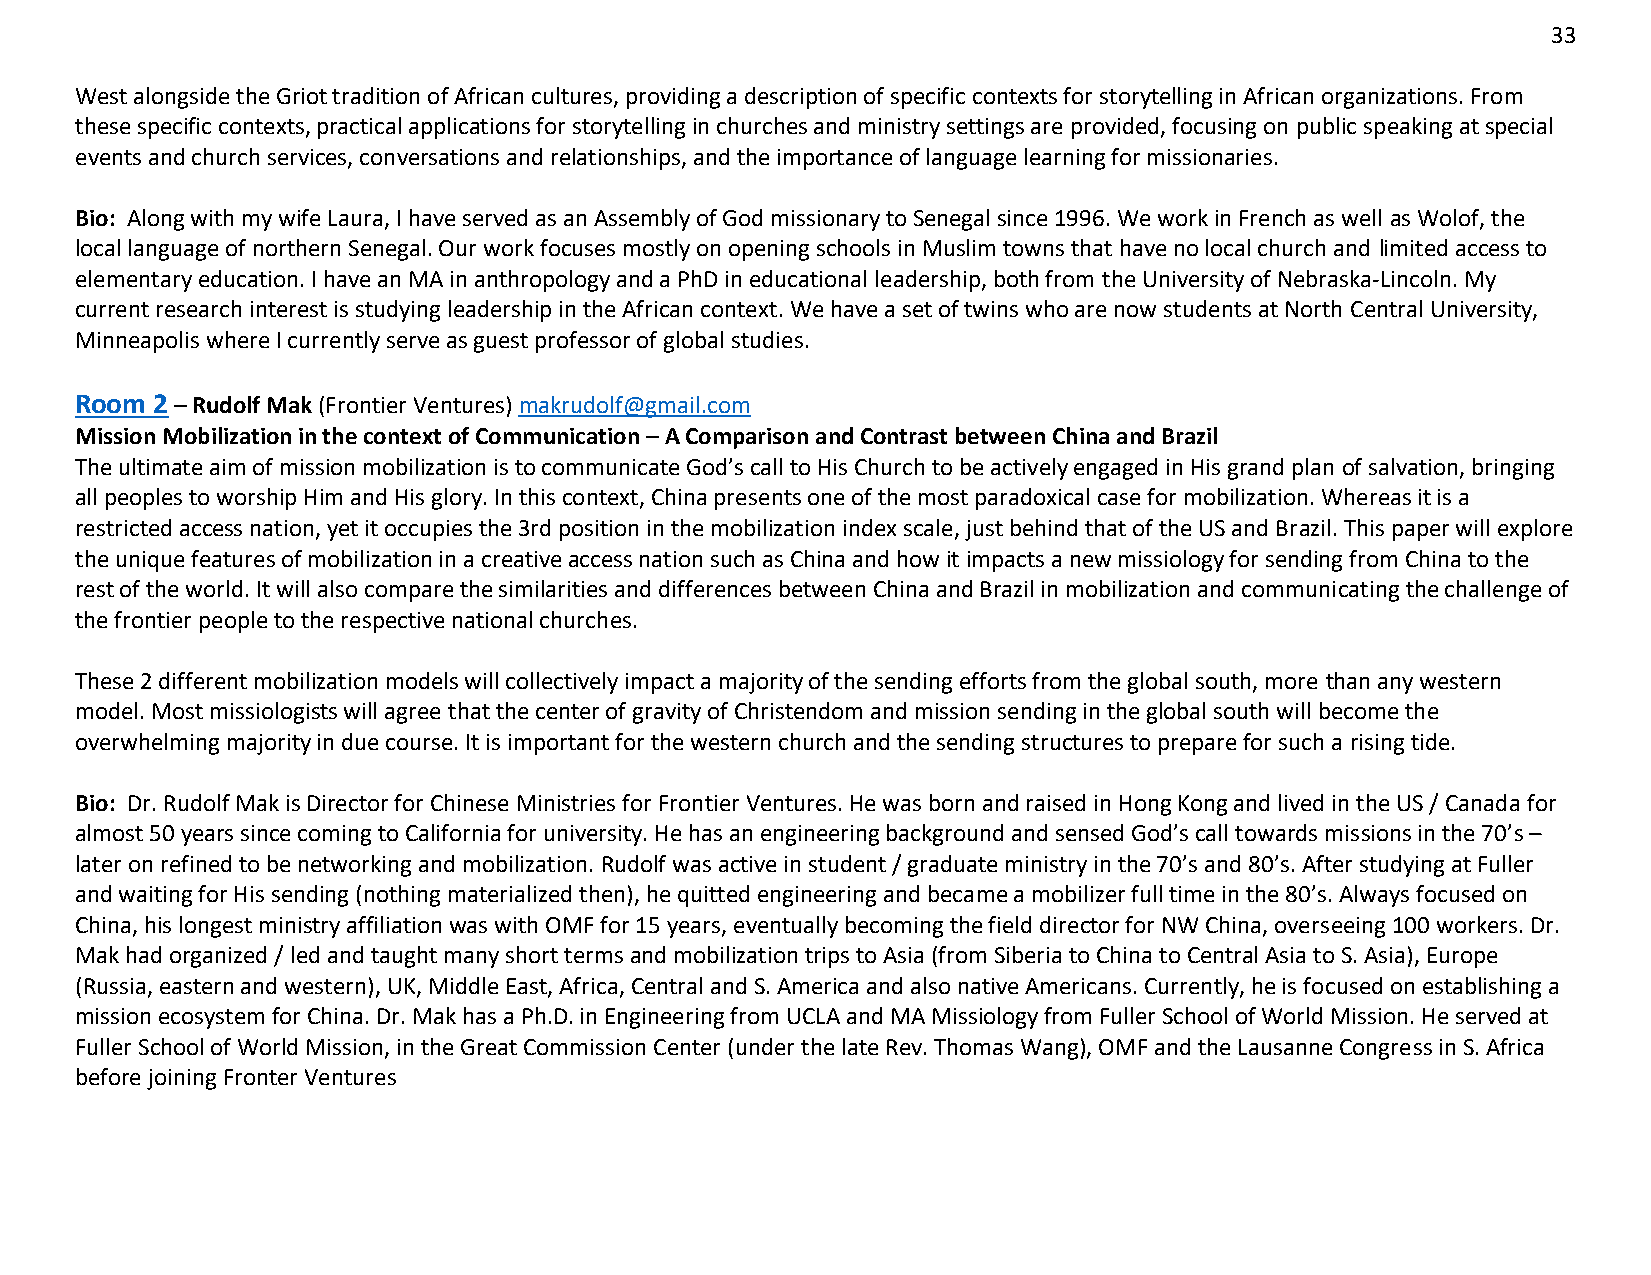
33
 West alongside the Griot tradition of African cultures, providing a description of specific contexts for storytelling in African organizations. From
 these specific contexts, practical applications for storytelling in churches and ministry settings are provided, focusing on public speaking at special
 events and church services, conversations and relationships, and the importance of language learning for missionaries.
 Bio: Along with my wife Laura, I have served as an Assembly of God missionary to Senegal since 1996. We work in French as well as Wolof, the
 local language of northern Senegal. Our work focuses mostly on opening schools in Muslim towns that have no local church and limited access to
 elementary education. I have an MA in anthropology and a PhD in educational leadership, both from the University of Nebraska-Lincoln. My
 current research interest is studying leadership in the African context. We have a set of twins who are now students at North Central University,
 Minneapolis where I currently serve as guest professor of global studies.
 Room 2 – Rudolf Mak (Frontier Ventures) makrudolf@gmail.com
 Mission Mobilization in the context of Communication – A Comparison and Contrast between China and Brazil
 The ultimate aim of mission mobilization is to communicate God’s call to His Church to be actively engaged in His grand plan of salvation, bringing
 all peoples to worship Him and His glory. In this context, China presents one of the most paradoxical case for mobilization. Whereas it is a
 restricted access nation, yet it occupies the 3rd position in the mobilization index scale, just behind that of the US and Brazil. This paper will explore
 the unique features of mobilization in a creative access nation such as China and how it impacts a new missiology for sending from China to the
 rest of the world. It will also compare the similarities and differences between China and Brazil in mobilization and communicating the challenge of
 the frontier people to the respective national churches.
 These 2 different mobilization models will collectively impact a majority of the sending efforts from the global south, more than any western
 model. Most missiologists will agree that the center of gravity of Christendom and mission sending in the global south will become the
 overwhelming majority in due course. It is important for the western church and the sending structures to prepare for such a rising tide.
 Bio: Dr. Rudolf Mak is Director for Chinese Ministries for Frontier Ventures. He was born and raised in Hong Kong and lived in the US / Canada for
 almost 50 years since coming to California for university. He has an engineering background and sensed God’s call towards missions in the 70’s –
 later on refined to be networking and mobilization. Rudolf was active in student / graduate ministry in the 70’s and 80’s. After studying at Fuller
 and waiting for His sending (nothing materialized then), he quitted engineering and became a mobilizer full time in the 80’s. Always focused on
 China, his longest ministry affiliation was with OMF for 15 years, eventually becoming the field director for NW China, overseeing 100 workers. Dr.
 Mak had organized / led and taught many short terms and mobilization trips to Asia (from Siberia to China to Central Asia to S. Asia), Europe
 (Russia, eastern and western), UK, Middle East, Africa, Central and S. America and also native Americans. Currently, he is focused on establishing a
 mission ecosystem for China. Dr. Mak has a Ph.D. in Engineering from UCLA and MA Missiology from Fuller School of World Mission. He served at
 Fuller School of World Mission, in the Great Commission Center (under the late Rev. Thomas Wang), OMF and the Lausanne Congress in S. Africa
 before joining Fronter Ventures